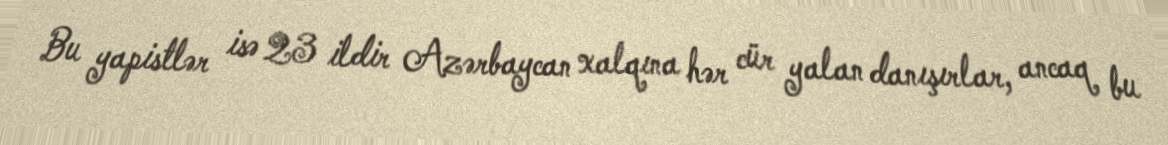
Bu yapistlər isə 23 ildir Azərbaycan xalqına hər cür yalan danışırlar, ancaq bu